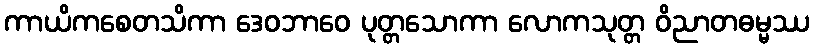
ကာယိကစေတသိကာ ဒေဝဘာဝေ ပုတ္တသောကာ လောကသုတ္တ ဝိညာတဓမ္မဿ